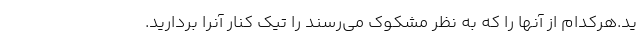
ید.هرکدام از آنها را که به نظر مشکوک می­رسند را تیک کنار آنرا بردارید.